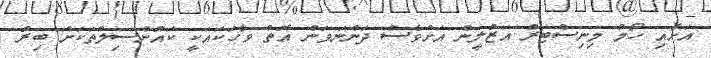
އަށާއި ހޯމް މިނިސްޓަރު އަޒުލީން އަށްވެސް ދަންނަވަން އޮތް ވާހަކައަކީ ކައުންސިލްތަކަށް ބިރު